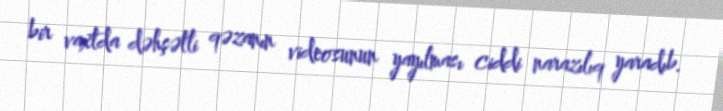
bir vaxtda dəhşətli qəzanın videosunun yayılması ciddi narazılıq yaradıb.